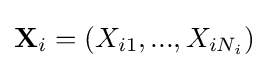
{\textbf {X}}_{i}=(X_{i1},...,X_{iN_{i}})